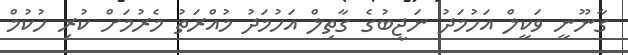
ގާނޫނީ ވަކީލް އަހުމަދު ނަޖީބުގެ ގާތިލް އަހުމަދު މުއްރަތު މެރުމަށް ކުރި ހުކުމް